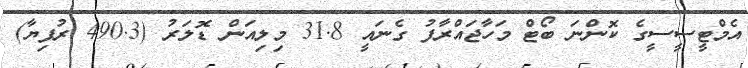
އެމްޓީސީސީގެ ކޮންނަ ބޯޓް މަހާޖައްރާފު ގެނައީ 31.8 މިލިއަން ޑޮލަރު (490.3 ރުފިޔާ)